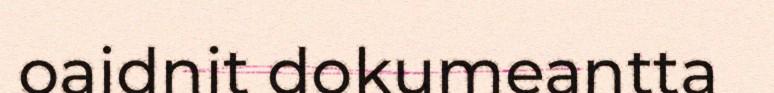
oaidnit dokumeantta